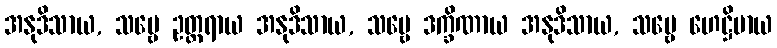
အနုဒိသာယ, သဗ္ဗေ ဥတ္တရာယ အနုဒိသာယ, သဗ္ဗေ ဒက္ခိဏာယ အနုဒိသာယ, သဗ္ဗေ ဟေဋ္ဌိမာယ